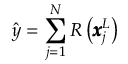
\hat { y } = \sum _ { j = 1 } ^ { N } R \left( \pmb { x } _ { j } ^ { L } \right)